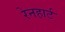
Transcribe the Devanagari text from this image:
रेनहार्ट